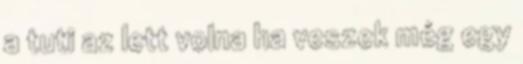
a tuti az lett volna ha veszek még egy